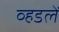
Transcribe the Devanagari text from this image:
व्हडलें